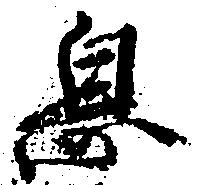
息